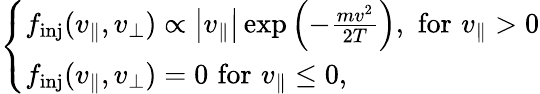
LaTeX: \begin{array}{r}{\left\{ \begin{array}{ll}{f_{\mathrm{inj}}(v_{\parallel},v_{\perp})\propto\left|v_{\parallel}\right|\exp\left(-\frac{mv^{2}}{2T}\right),\, \, \mathrm{for}\, \, v_{\parallel}>0}\\ {f_{\mathrm{inj}}(v_{\parallel},v_{\perp})=0\, \, \mathrm{for}\, \, v_{\parallel}\le 0,}\end{array}\right.}\end{array}